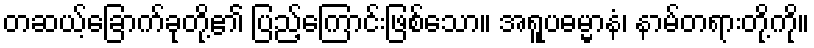
တဆယ့်ခြောက်ခုတို့၏ ပြည့်ကြောင်းဖြစ်သော။ အရူပဓမ္မာနံ၊ နာမ်တရားတို့ကို။